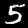
Label: 5